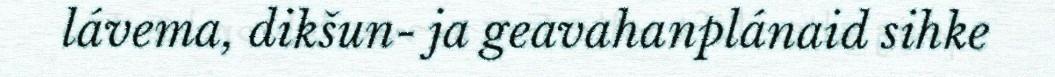
lávema, dikšun- ja geavahanplánaid sihke